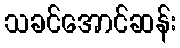
သခင်အောင်ဆန်း